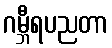
ဂမ္ဘီရပညတာ